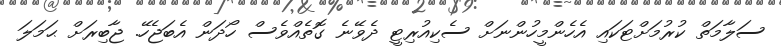
ސަލާމަތް ކުރުމަށްޓަކައި އެހެންމީހުންނަށް ސެކިއުރިޓީ ދެވޭނެ ގޮތެއްވެސް ހޯދަން އެބަޖެހޭ. ޖާބިރަށް ޙަމަލަ